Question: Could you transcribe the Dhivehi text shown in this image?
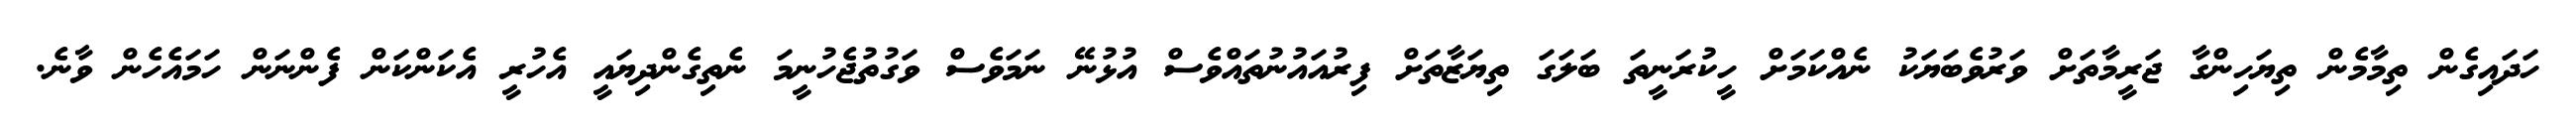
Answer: ހަދައިގެން ތިމާމެން ތިޔަހިންގާ ޖަރީމާތަށް ވަރުވެބަޔަކު ނެއްކަމަށް ހީކުރަނީތަ ބަލަގަ ތިޔަޒާތަށް ފިރުއައުނުތައްވެސް އުޅުނޭ ނަމަވެސް ވަގުތުޖެހުނީމަ ނެތިގެންދިޔައީ އެހުރީ އެކަންކަން ފެންނަން ހަމައެހެން ވާނެ.